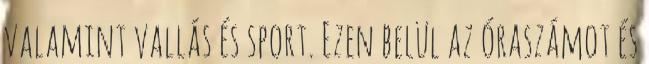
valamint vallás és sport. Ezen belül az óraszámot és